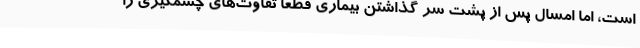
است، اما امسال پس از پشت سر گذاشتن بیماری قطعا تفاوت‌های چشمگیری را